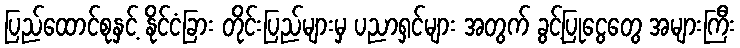
ပြည်ထောင်စုနှင့် နိုင်ငံခြား တိုင်းပြည်များမှ ပညာရှင်များ အတွက် ခွင့်ပြုငွေတွေ အများကြီး